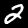
Label: 2